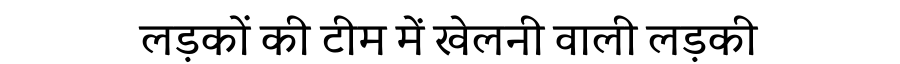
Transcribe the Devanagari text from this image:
लड़कों की टीम में खेलनी वाली लड़की